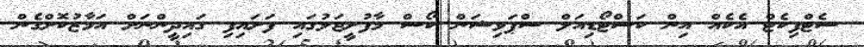
ސެޓްފިކެޓް އެކެއް އިން ކަސްޓޯޑިއަލް ސްޕަވިޝަން ކޯސް މާފުށީޖަލުގައި ފަށައިފި ގައިދީންނަށް އަމާޒުކޮށްގެން